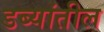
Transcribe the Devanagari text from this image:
डब्यांतील